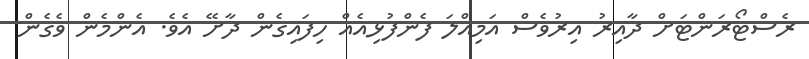
ރެސްޓޯރަންޓަށް ދާއިރު އިރުވެސް އަމިއްލަ ފެންފުޅިއެއް ހިފައިގެން ދާށޭ އެވެ. އެންމެން ވެގެން